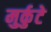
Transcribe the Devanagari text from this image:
मुर्कुटे